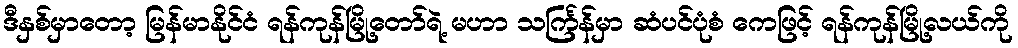
ဒီနှစ်မှာတော့ မြန်မာနိုင်ငံ ရန်ကုန်မြို့တော်ရဲ့ မဟာ သင်္ကြန်မှာ ဆံပင်ပုံစံ ကေဖြင့် ရန်ကုန်မြို့လယ်ကို